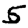
Digit: 5